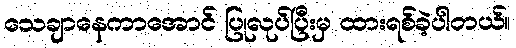
သေချာနေကာအောင် ပြုလုပ်ပြီးမှ ထားရစ်ခဲ့ပါတယ်။